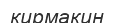
кирмакин